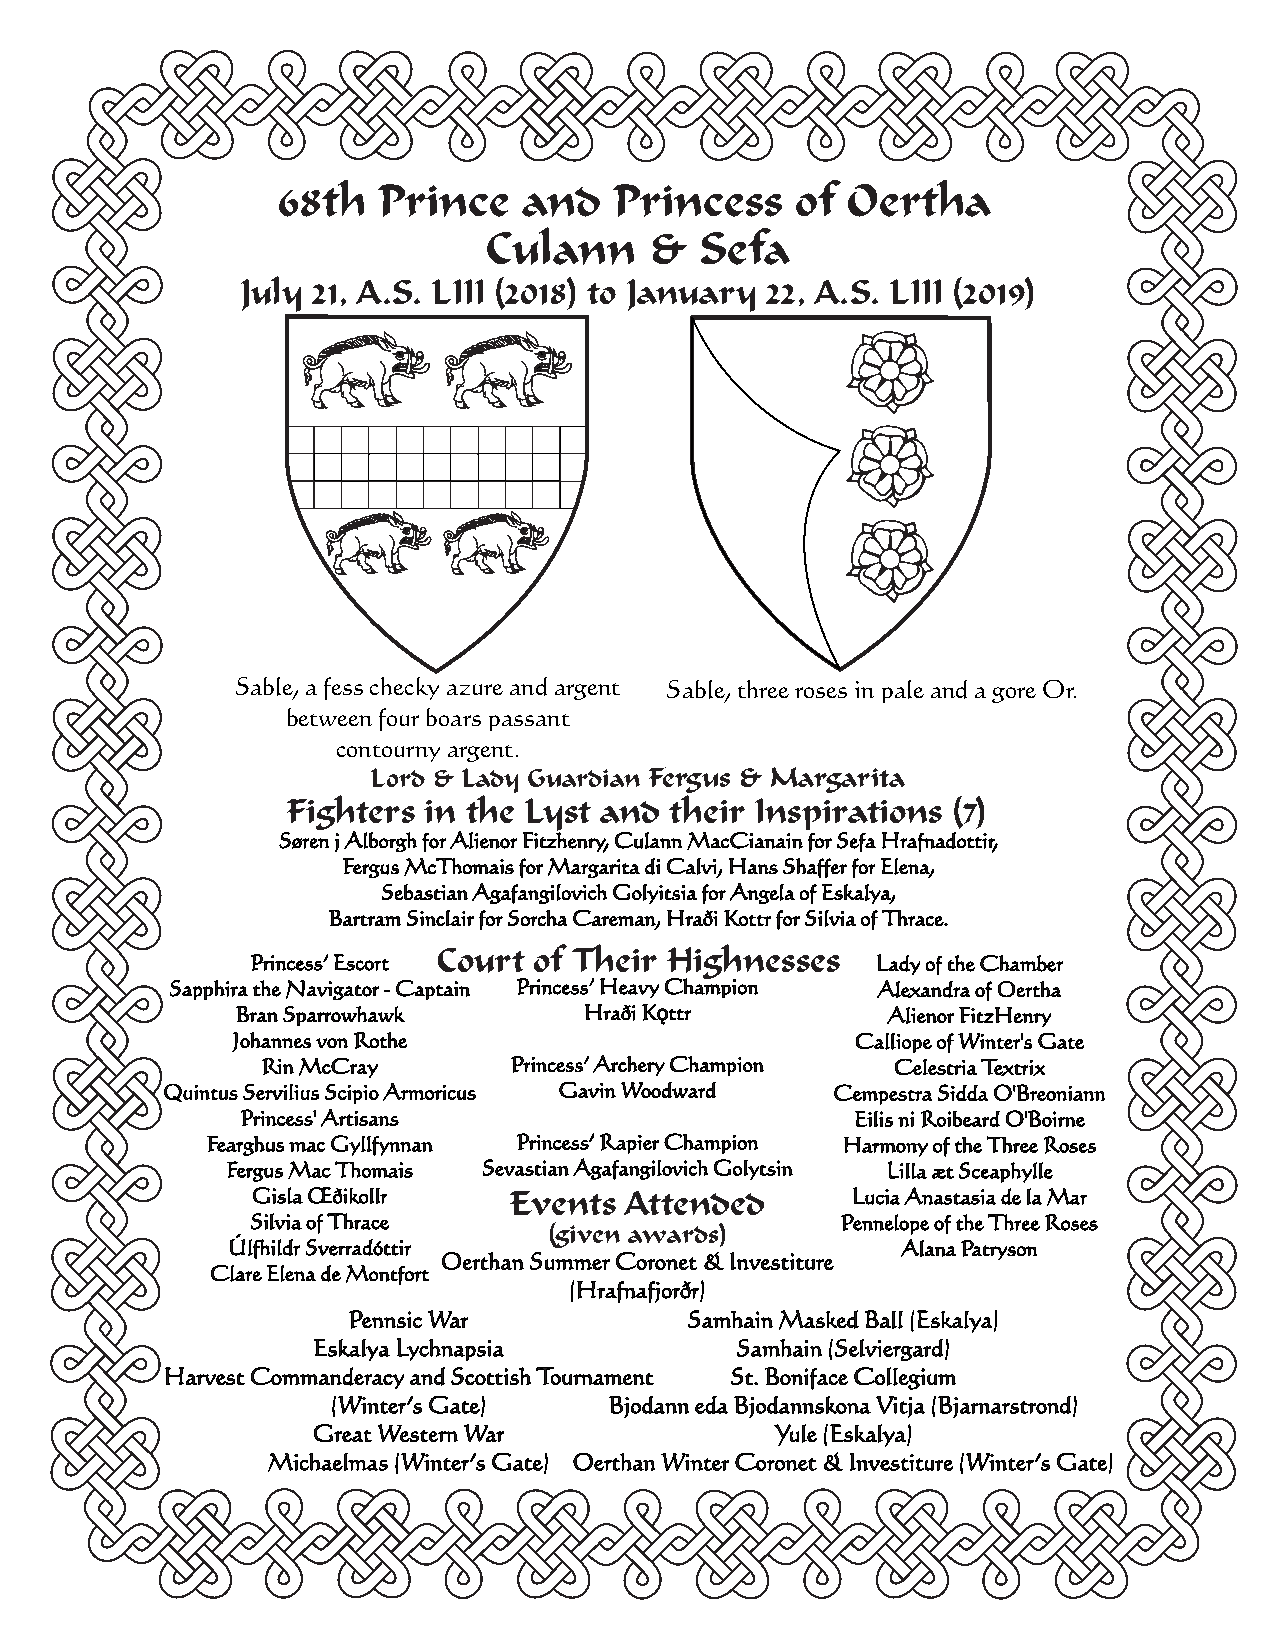
68th   Prince    and   Princess    of Oertha
 Culann     &  Sefa
 July 21, A.S. LIII (2018) to January 22, A.S. LIII (2019)
 Sable, a fess checky azure and argent Sable, three roses in pale and a gore Or.
 between four boars passant
 contourny argent.
 Lord & Lady Guardian Fergus & Margarita
 Fighters in the Lyst and their Inspirations (7)
 Søren j Alborgh for Alienor Fitzhenry, Culann MacCianain for Sefa Hrafnadottir,
 Fergus McThomais for Margarita di Calvi, Hans Shaffer for Elena,
 Sebastian Agafangilovich Golyitsia for Angela of Eskalya,
 Bartram Sinclair for Sorcha Careman, Hraði Kottr for Silvia of Thrace.
 Court of Their Highnesses
 Princess’ Escort                         Lady of the Chamber
 Sapphira the Navigator - Captain Princess’ Heavy Champion Alexandra of Oertha
 Bran Sparrowhawk       Hraði Kǫttr         Alienor FitzHenry
 Johannes von Rothe                        Calliope of Winter's Gate
 Rin McCray       Princess’ Archery Champion Celestria Textrix
 Quintus Servilius Scipio Armoricus Gavin Woodward Cempestra Sidda O'Breoniann
 Princess' Artisans                       Eilis ni Roibeard O'Boirne
 Fearghus mac Gyllfynnan Princess’ Rapier Champion Harmony of the Three Roses
 Fergus Mac Thomais Sevastian Agafangilovich Golytsin Lilla æt Sceaphylle
 Gisla Œðikollr   Events Attended       Lucia Anastasia de la Mar
 Silvia of Thrace                       Pennelope of the Three Roses
 (given awards)
 Úlfhildr Sverradóttir                        Alana Patryson
 Oerthan Summer Coronet & Investiture
 Clare Elena de Montfort
 (Hrafnafjorðr)
 Pennsic War            Samhain Masked Ball (Eskalya)
 Eskalya Lychnapsia          Samhain (Selviergard)
 Harvest Commanderacy and Scottish Tournament St. Boniface Collegium
 (Winter’s Gate)   Bjodann eda Bjodannskona Vitja (Bjarnarstrond)
 Great Western War             Yule (Eskalya)
 Michaelmas (Winter’s Gate) Oerthan Winter Coronet & Investiture (Winter’s Gate)